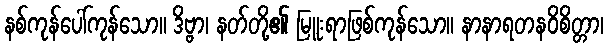
နစ်ကုန်ပေါ်ကုန်သော။ ဒိဗ္ဗာ၊ နတ်တို့၏ မြူးရာဖြစ်ကုန်သော။ နာနာရတနဝိစိတ္တာ၊